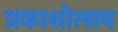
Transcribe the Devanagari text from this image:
प्रकाशोत्‍सव